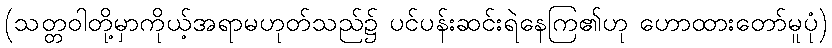
(သတ္တဝါတို့မှာကိုယ့်အရာမဟုတ်သည်၌ ပင်ပန်းဆင်းရဲနေကြ၏ဟု ဟောထားတော်မူပုံ)